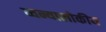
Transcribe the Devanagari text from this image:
ध्वन्यालोकीय